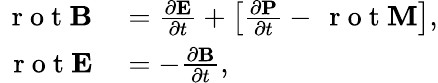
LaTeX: \begin{array}{rl}{\, \mathrm{~r~o~t~}\textbf{B}}&{{}=\frac{\partial\textbf{E}}{\partial t}+\left[\frac{\partial\textbf{P}}{\partial t}-\, \mathrm{~r~o~t~}\textbf{M}\right],}\\ {\, \mathrm{~r~o~t~}\textbf{E}}&{{}=-\frac{\partial\textbf{B}}{\partial t},}\end{array}